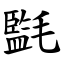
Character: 㲯